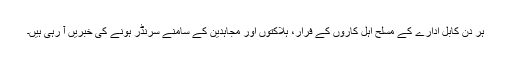
ہر دن کابل ادارے کے مسلح اہل کاروں کے فرار، ہلاکتوں اور مجاہدین کے سامنے سرنڈر ہونے کی خبریں آ رہی ہیں۔